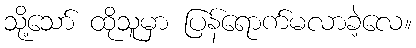
သို့သော် ထိုသူမှာ ပြန်ရောက်မလာခဲ့လေ။